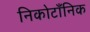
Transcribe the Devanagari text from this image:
निकोटाँनिक